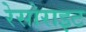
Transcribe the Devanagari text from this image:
रेसोराइट